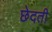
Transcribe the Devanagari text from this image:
छेदती